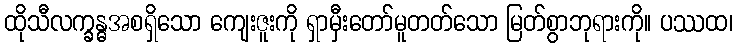
ထိုသီလက္ခန္ဓအစရှိသော ကျေးဇူးကို ရှာမှီးတော်မူတတ်သော မြတ်စွာဘုရားကို။ ပဿထ၊